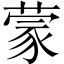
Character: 蒙